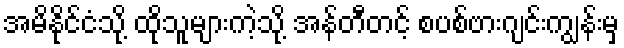
အမိနိုင်ငံသို့ ထိုသူများကဲ့သို့ အန်တီတင့် စပစ်ဗားဂျင်းကျွန်းမှ